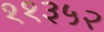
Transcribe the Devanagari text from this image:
११३५२